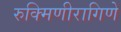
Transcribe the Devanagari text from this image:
रुक्मिणीरागिणे